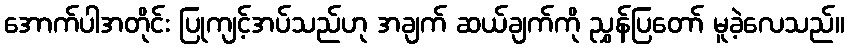
အောက်ပါအတိုင်း ပြုကျင့်အပ်သည်ဟု အချက် ဆယ်ချက်ကို ညွှန်ပြတော် မူခဲ့လေသည်။